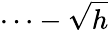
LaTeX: \cdots-\sqrt{h}